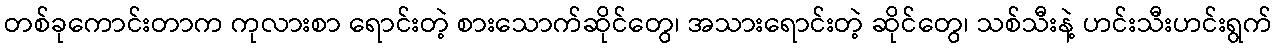
တစ်ခုကောင်းတာက ကုလားစာ ရောင်းတဲ့ စားသောက်ဆိုင်တွေ၊ အသားရောင်းတဲ့ ဆိုင်တွေ၊ သစ်သီးနဲ့ ဟင်းသီးဟင်းရွက်